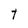
Character: T